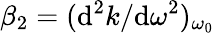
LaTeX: \beta_{2}=(\mathrm{d}^{2}k/\mathrm{d}\omega^{2})_{\omega_{0}}